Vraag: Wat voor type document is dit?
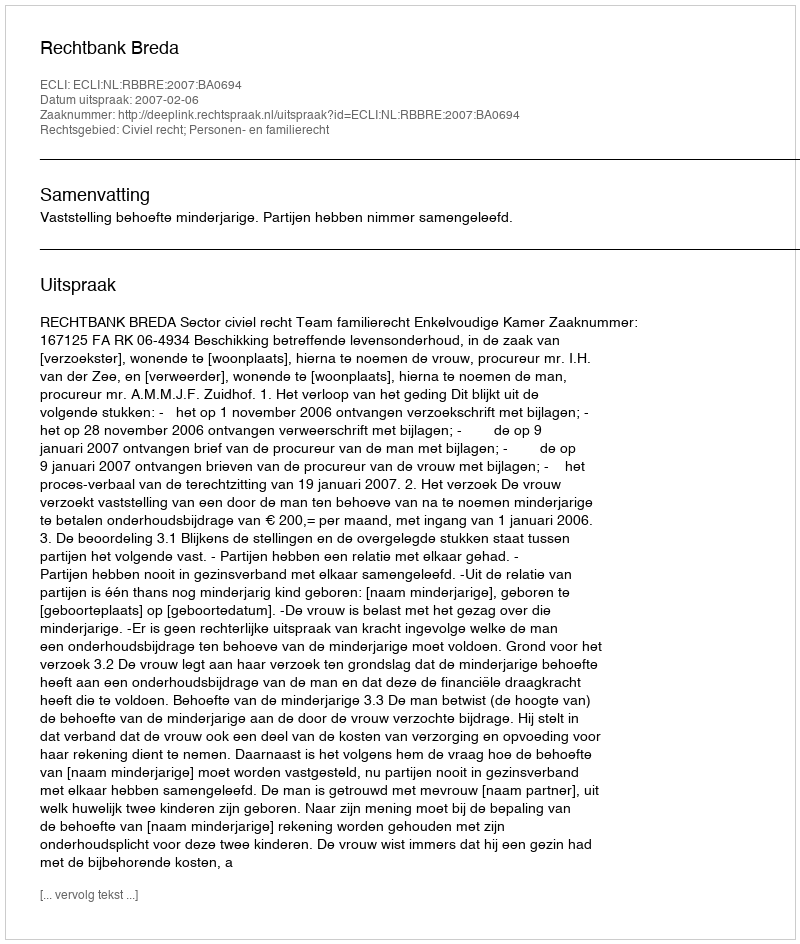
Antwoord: Uitspraak